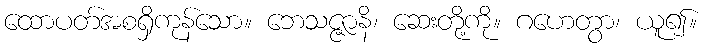
ထောပတ်အစရှိကုန်သော။ ဘေသဇ္ဇာနိ၊ ဆေးတို့ကို။ ဂဟေတွာ၊ ယူ၍။